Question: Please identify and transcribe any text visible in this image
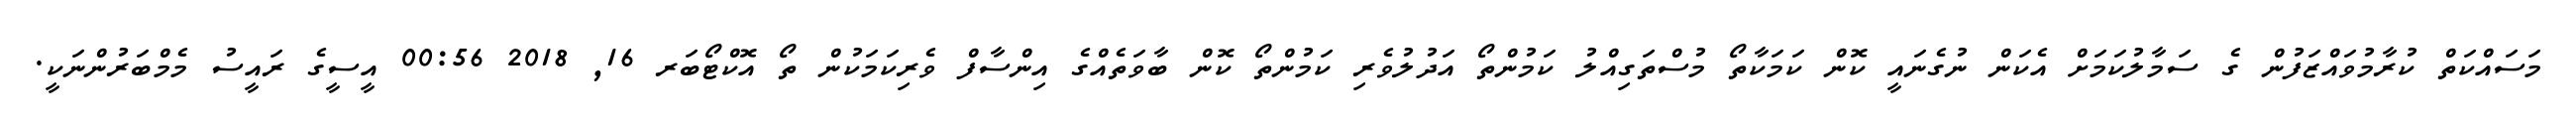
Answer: މަސައްކަތް ކުރާމުވައްޒަފުން ގެ ސަމާލުކަމަށް އެކަން ނުގެނައީ ކޮން ކަމަކާތޯ މުސްތަގިއްލު ކަމުންތޯ އަދުލުވެރި ކަމުންތޯ ކޮން ބާވަތެއްގެ އިންސާފް ވެރިކަމަކުން ތޯ އޮކްޓޯބަރ 16, 2018 00:56 އީސީގެ ރައީސު މެމްބަރުންނަކީ.